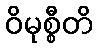
ဝိမုစ္စီတိ